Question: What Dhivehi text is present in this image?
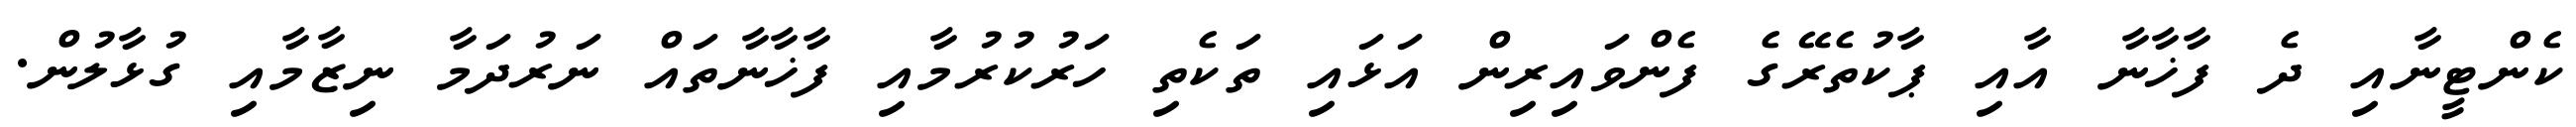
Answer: ކެންޓީނާއި ދެ ފާޚާނާ އާއި ޕާކުތެރޭގެ ފެންވައިރިން އަޅައި ތަކެތި ހަރުކުރުމާއި ފާޚާނާތައް ނަރުދަމާ ނިޒާމާއި ގުޅާލުން.